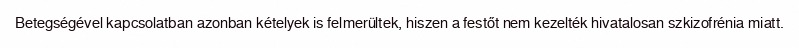
Betegségével kapcsolatban azonban kételyek is felmerültek, hiszen a festőt nem kezelték hivatalosan szkizofrénia miatt.